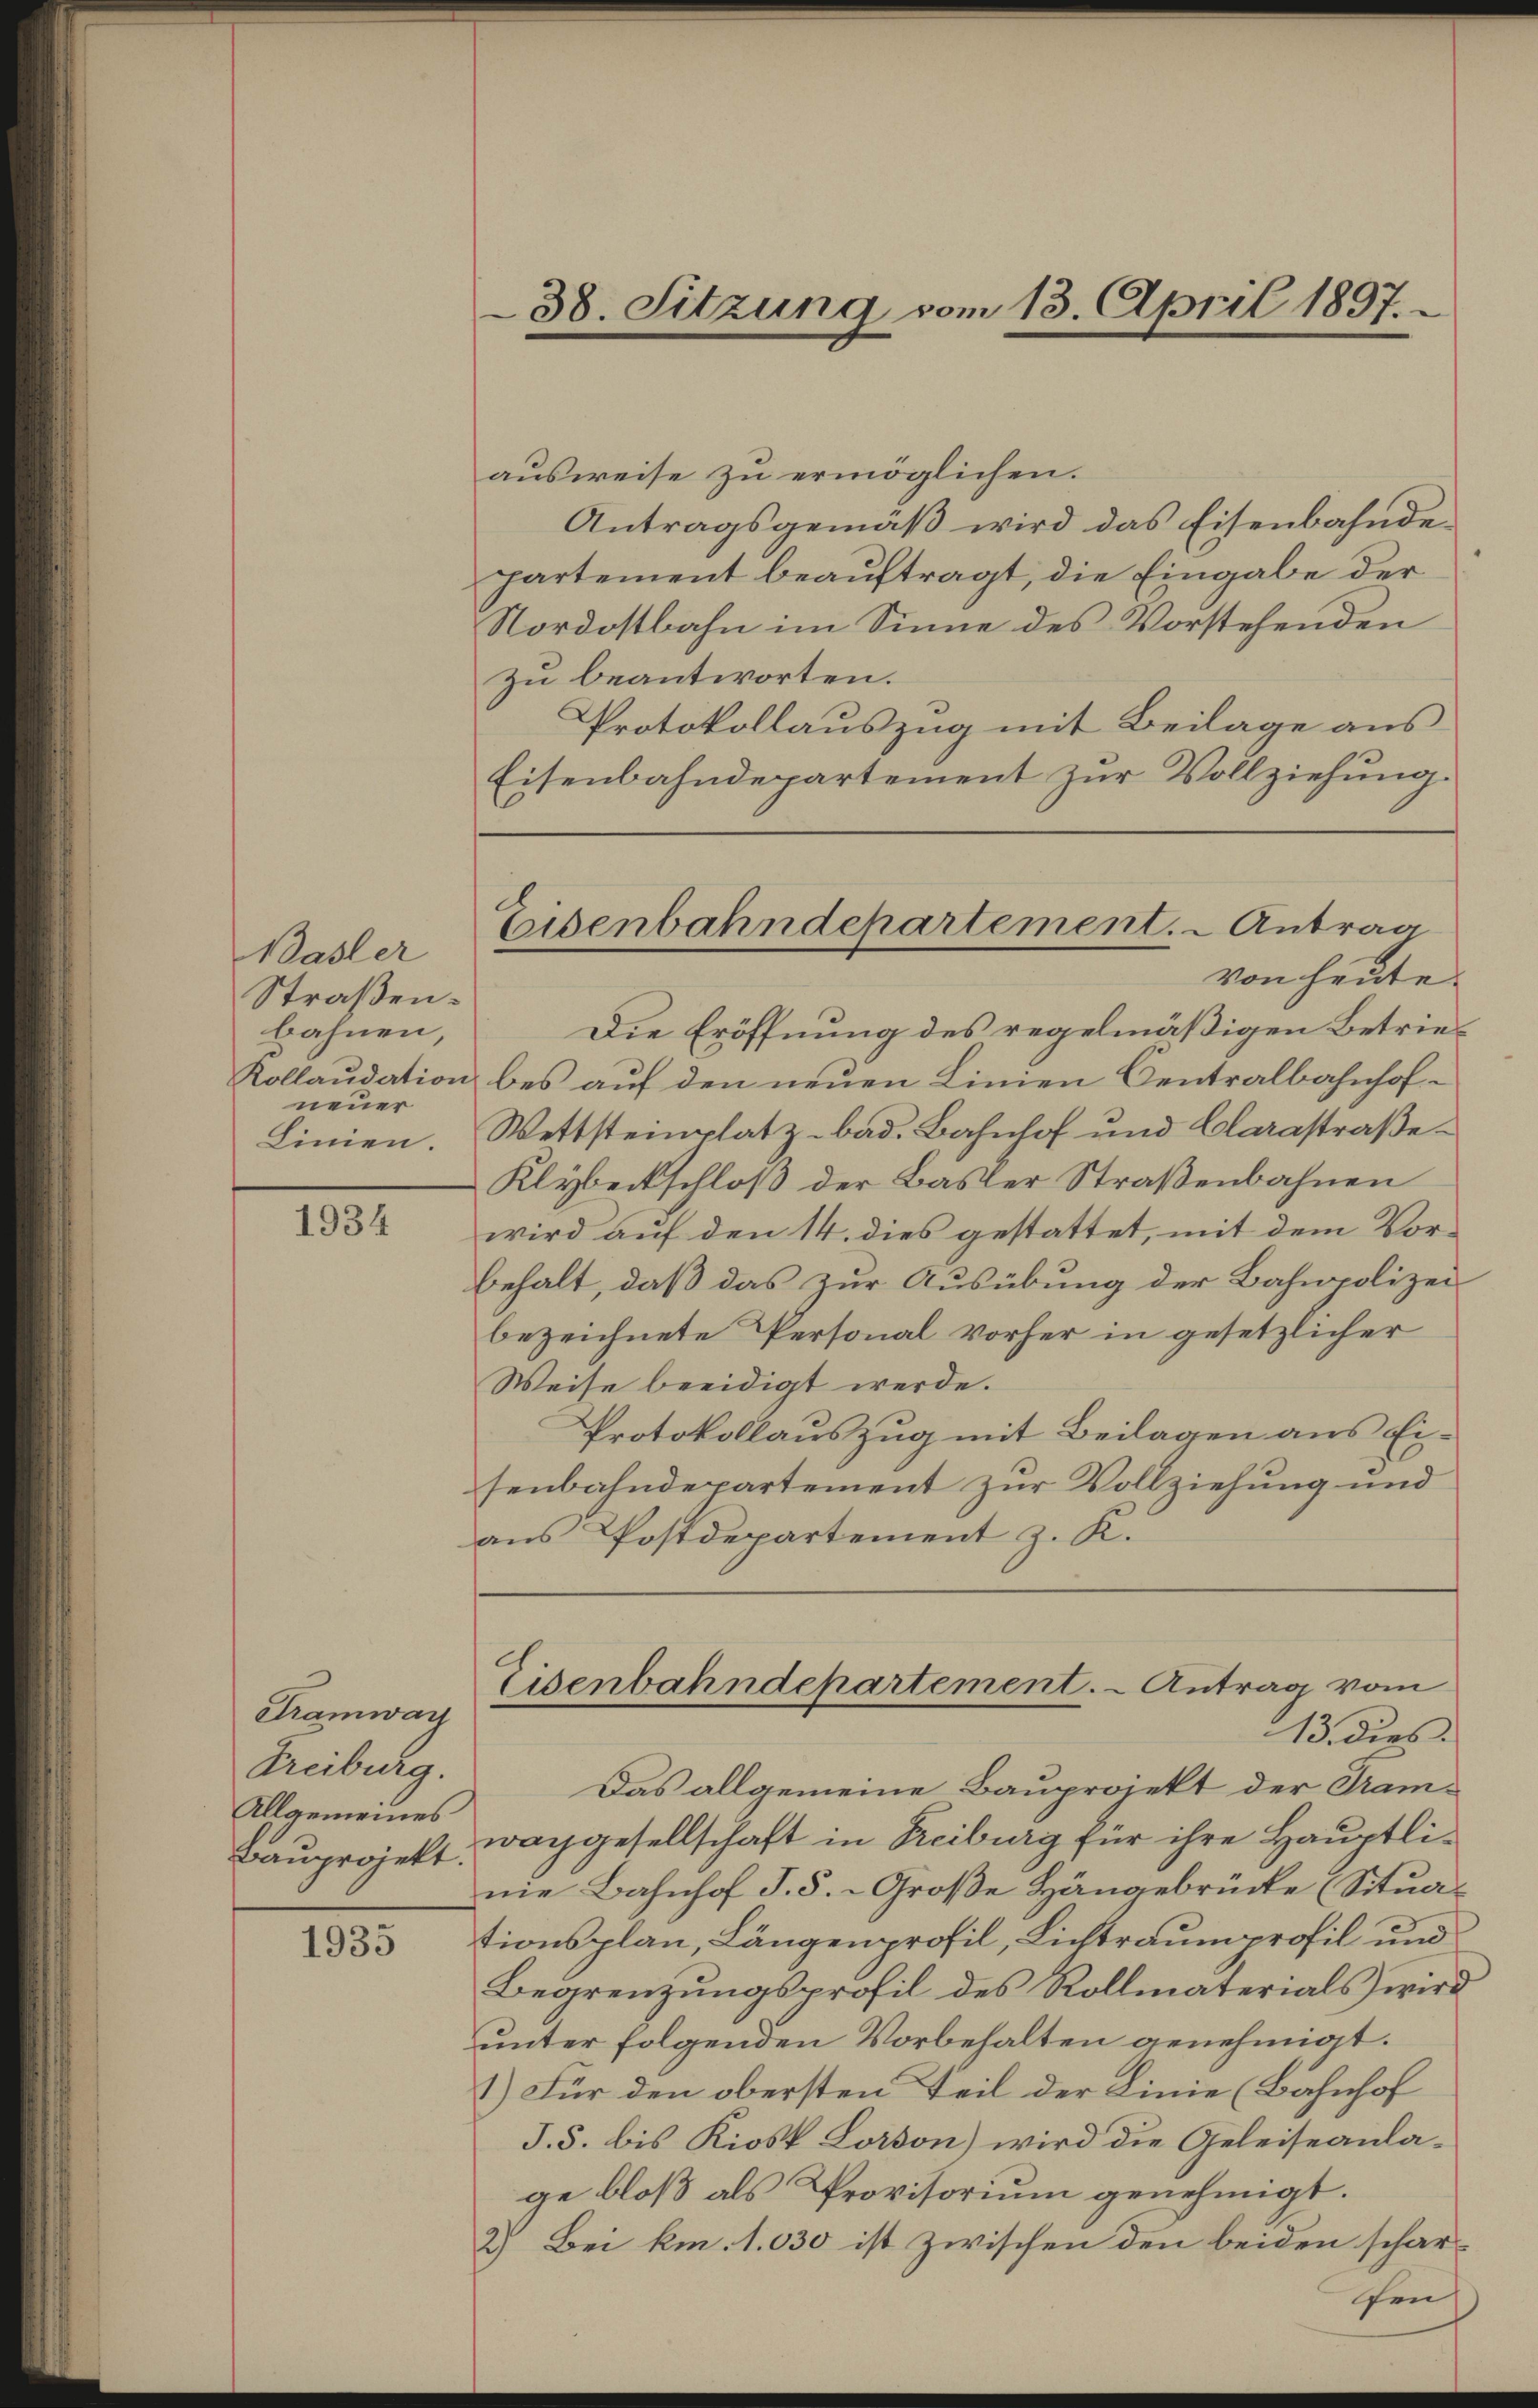
Wasler
Straßen.
bahnen,
Kollaudation
neuer
Linien.

1934

Tramwarz
Treiburg.
Allgemeines
Bauprojekt.

1935

38. Sitzung vom 13. April 1897.

ausweise zu ermöglichen.
Antragsgemäß wird das Eisenbahndepartement beauftragt, die Eingabe der
Nordostbahn im Sinne des Vorstehenden
zu beantworten.
Protokollauszug mit Beilage aus
Eisenbahndepartement zur Vollziehung.
Die Eröffnung des regelmäßigen Betriebes auf den neuen Linien Centralbahnhof¬
Wettsteinplatz- bad. Bahnhof und Clarastraße¬
Klybertschloß der Basler Straßenbahnen
wird auf den 14. dies gestattet, mit dem Vorbehalt, daß das zur Ausübung der Bahnpolizei
bezeichnete Personal vorher in gesetzlicher
Weise beeidigt werde.
Protokollauszug mit Beilagen aus Ei-
senbahndepartement zur Vollziehung und
aus Postdepartement z. K.
Eisenbahndepartement. - Antrag vom
13. dies
Das allgemeine Bauprojekt der Tramwachgesellschaft in Freiburg für ihre Hauptlinie Bahnhof I. S. Große Hängebrücke (Situationsplan, Längenprofil, Lichtraumprofil und
Begrenzungsprofil des Rollmaterials wird
unter folgenden Vorbehalten genehmigt.
1) Für den obersten Teil der Linie (Bahnhof
J. 5. bis Kiost Lorson) wird die Geleiseanlage bloß als Provisorium genehmigt.
2) Bei km. 1030 ist zwischen den beiden scharfen

Eisenbahndepartement. - Antrag
von heute.